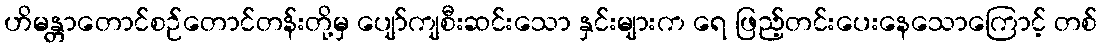
ဟိမန္တာတောင်စဉ်တောင်တန်းတို့မှ ပျော်ကျစီးဆင်းသော နှင်းများက ရေ ဖြည့်တင်းပေးနေသောကြောင့် တစ်